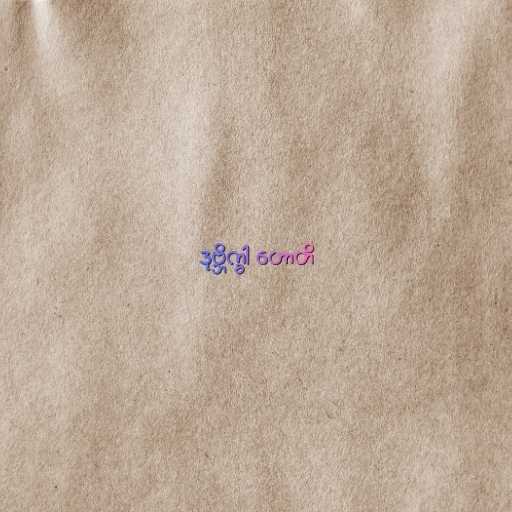
ဒုဗ္ဘိက္ခါ ဟောတိ